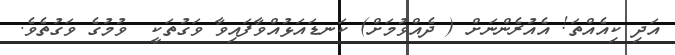
އަދި ކިއެއްތަ! އެއުރެންނަށް ( ދެއްވުމަށް) ކަނޑައަޅުއްވާފައިވާ ވަގުތަކީ  ވުމުގެ ވަގުތެވެ.